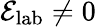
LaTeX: \mathcal{E}_{\mathrm{lab}}\neq 0